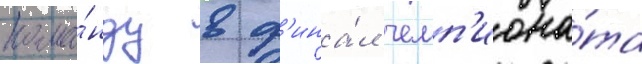
кома́нду в ф'ина́л чемп'иона́та